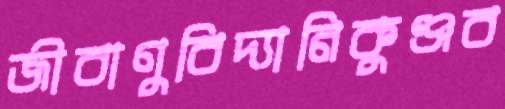
জীবাণুবিদ্যানিকুঞ্জব